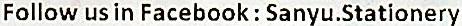
FOLLOW US IN FACEBOOK : SANYU.STATIONERY